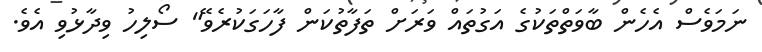
ނަމަވެސް އެހެން ބާވަތްތަކުގެ އަގުތައް ވަރަށް ތަފާތުކަން ފާހަގަކުރެވޭ" ސޯލިހު ވިދާޅުވި އެވެ.